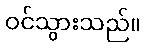
ဝင်သွားသည်။